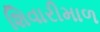
શિવારીમાળ